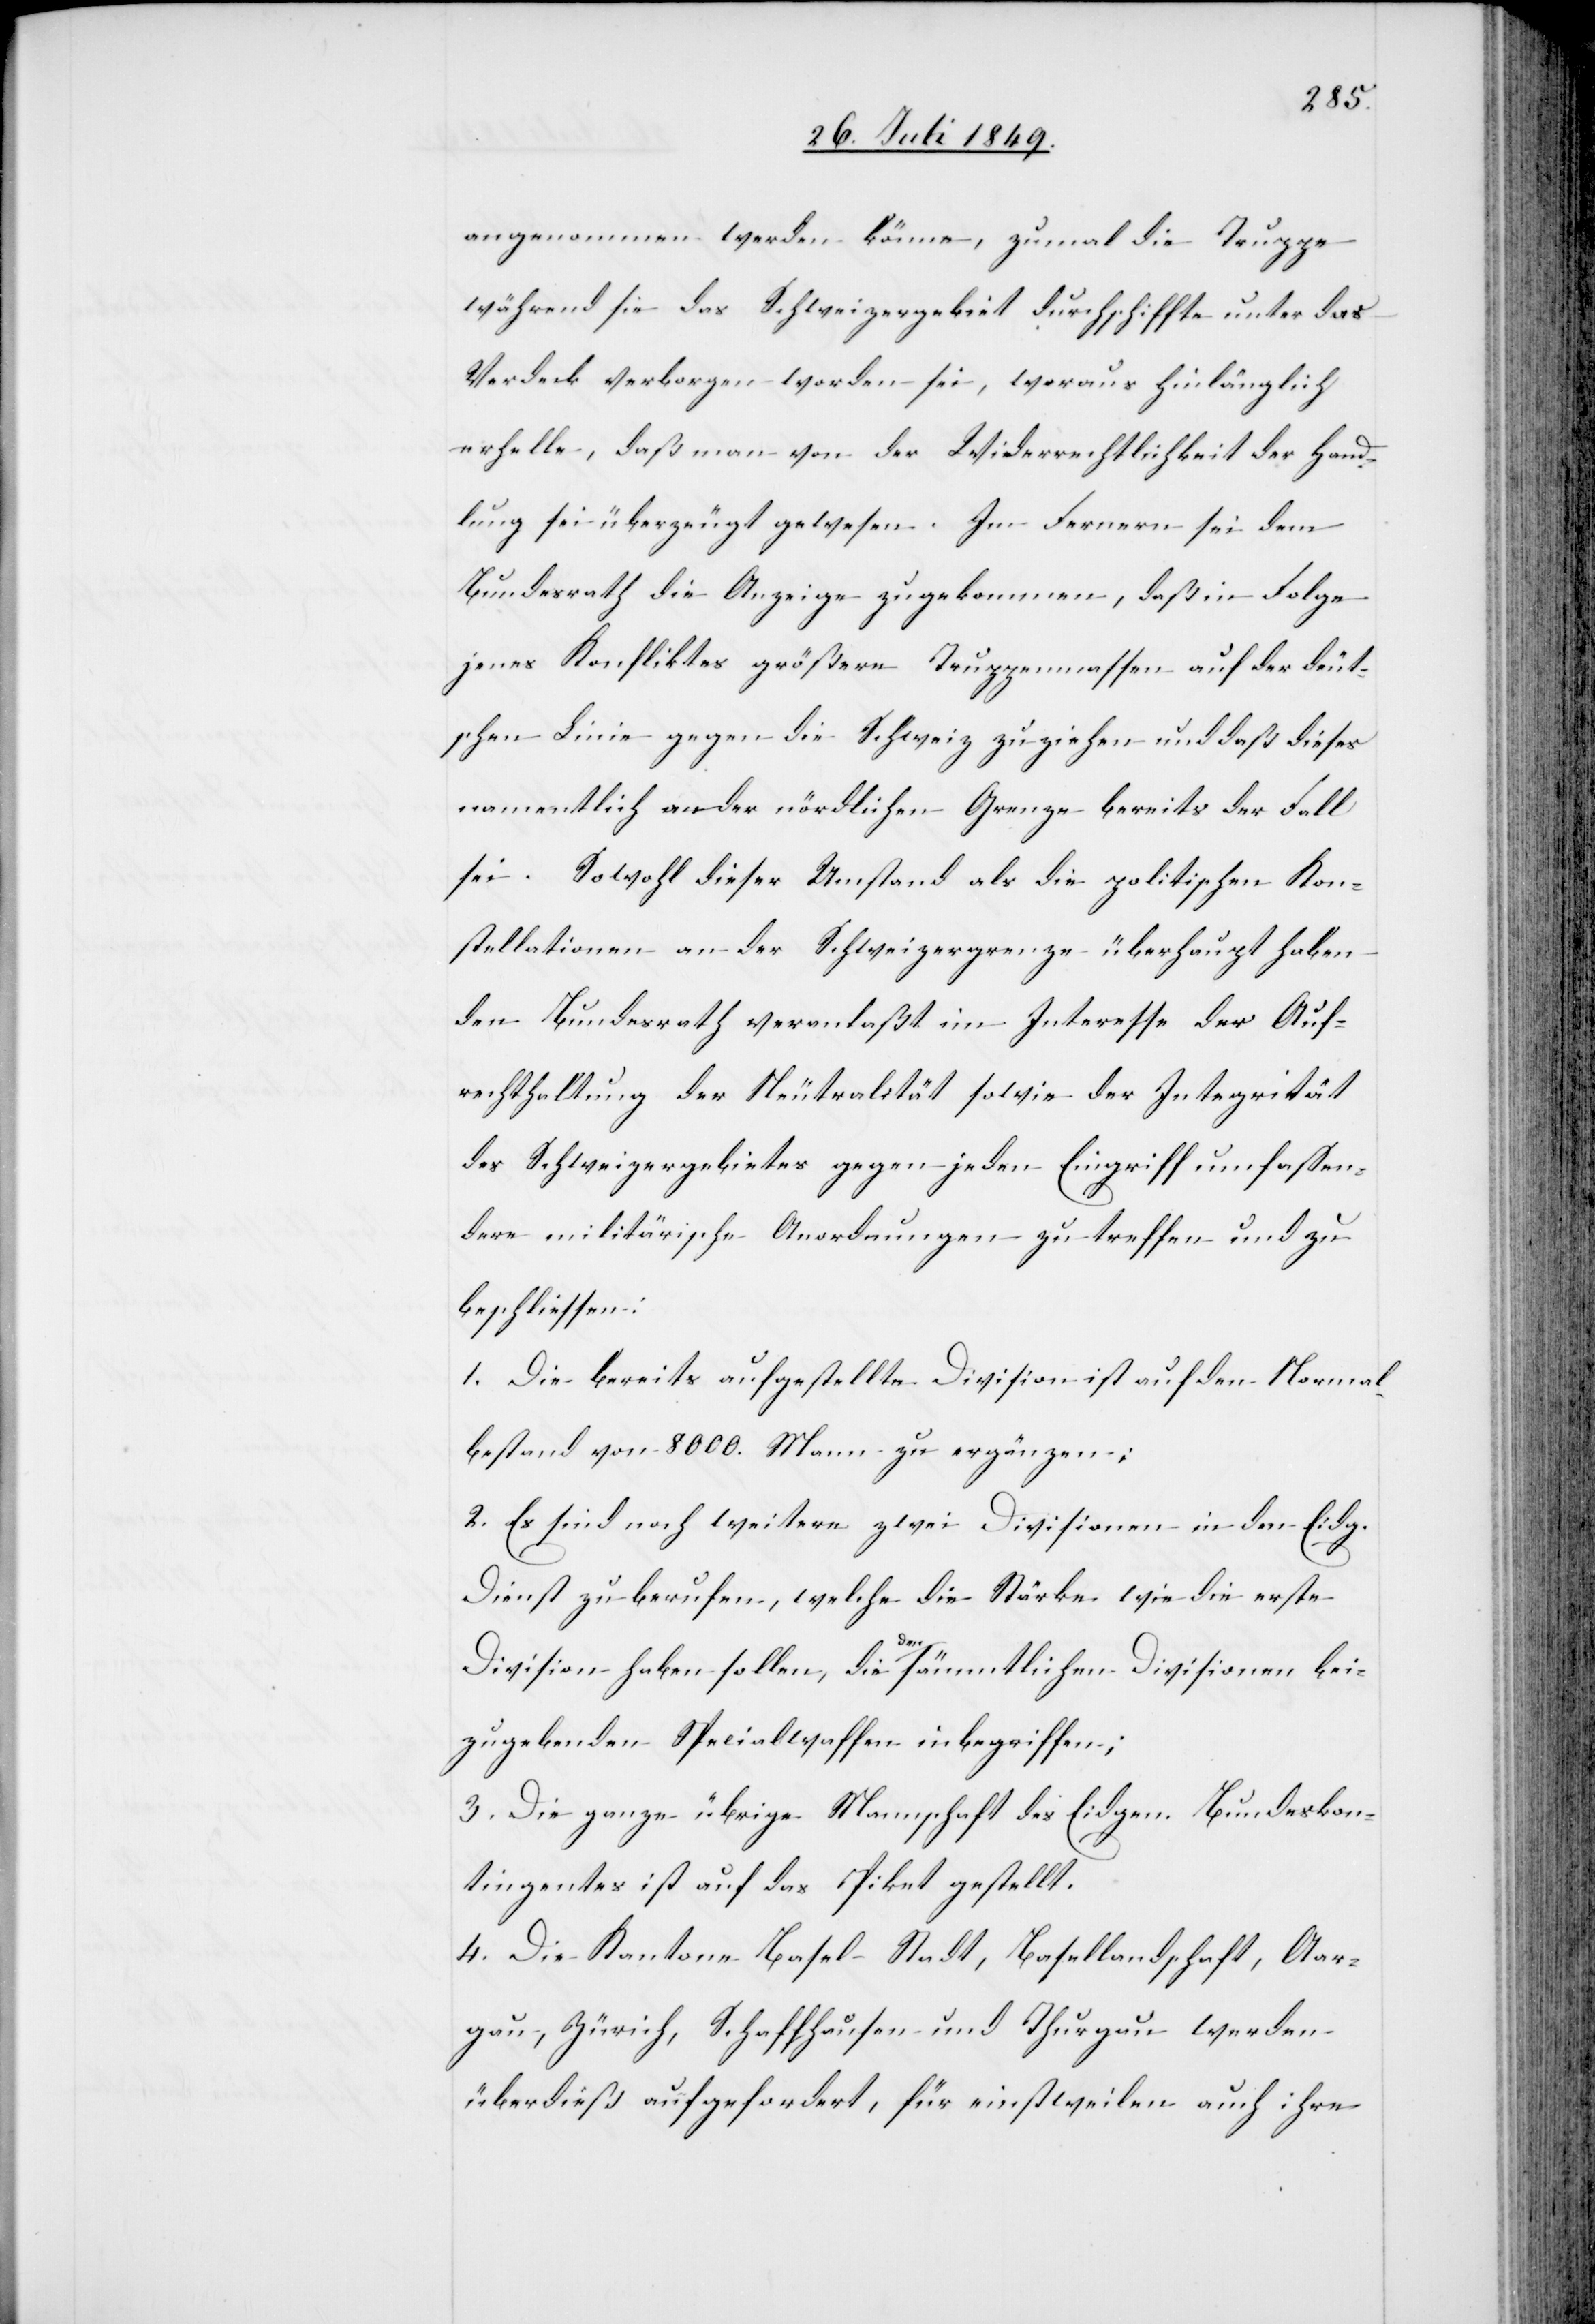
angenommen werden könne, zumal die Truppe
während sie das Schweizergebiet durchschiffte unter das
Verdeck verborgen worden sei, woraus hinlänglich
erhelle, daß man von der Widerrechtlichkeit der Hand¬
lung sei überzeugt gewesen. Im Fernern sei dem
Bundesrath die Anzeige zugekommen, daß in Folge
jenes Konfliktes größere Truppenmassen auf der deut¬
schen Linie gegen die Schweiz zu ziehen und daß dieses
namentlich an der nördlichen Grenze bereits der Fall
sei. Sowohl dieser Umstand als die politischen Kon¬
stellationen an der Schweizergrenze überhaupt haben
den Bundesrath veranlaßt im Interesse der Auf¬
rechterhaltung der Neutralität sowie der Integrität
des Schweizergebietes gegen jeden Eingriff umfassen¬
dere militärische Anordnungen zu treffen und zu
beschliessen:
1. Die bereits aufgestellte Division ist auf den Normal¬
bestand von 8000. Mann zu ergänzen;
2. Es sind noch weitere zwei Divisionen in den Eidg.
Dienst zu berufen, welche die Stärke wie die erste
Division haben sollen, die den sämmtlichen Divisionen bei¬
zugebenden Specialwaffen inbegriffen;
3. Die ganze übrige Mannschaft des Eidgen. Bundeskon¬
tingentes ist auf das Piket gestellt.
4. Die Kantone Basel Stadt, Basellandschaft, Aar¬
gau, Zürich, Schaffhausen und Thurgau werden
überdieß aufgefordert, für einstweilen auch ihre